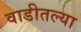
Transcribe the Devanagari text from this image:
वाडीतल्या